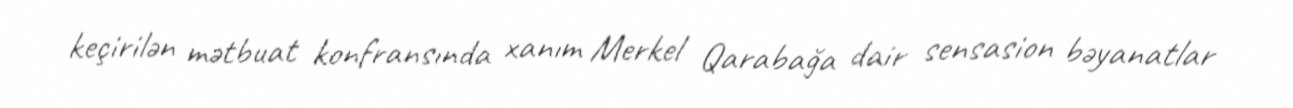
keçirilən mətbuat konfransında xanım Merkel Qarabağa dair sensasion bəyanatlar